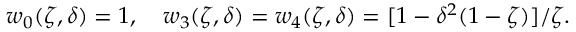
w _ { 0 } ( \zeta , \delta ) = 1 , \quad w _ { 3 } ( \zeta , \delta ) = w _ { 4 } ( \zeta , \delta ) = [ 1 - \delta ^ { 2 } ( 1 - \zeta ) ] / \zeta .